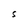
Character: S